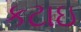
કટાઇ